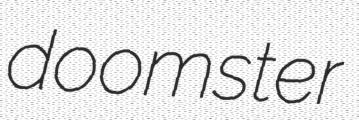
doomster